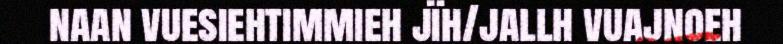
naan vuesiehtimmieh jïh/jallh vuajnoeh